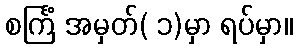
စင်္ကြံ အမှတ်( ၁)မှာ ရပ်မှာ။